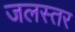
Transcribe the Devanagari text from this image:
जलस्‍तर